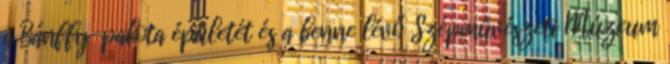
a Bánffy-palota épületét és a benne lévő Szépművészeti Múzeum